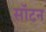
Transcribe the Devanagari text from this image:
सॉटन